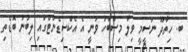
ބ. ހިތާދޫ ނަސީމީ ވިލާ މިސްބާހު ވަނީ އެ އެކްސިޑެންޓްގައި ލިބުނު ބޮޑެތި